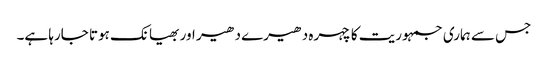
جس سے ہماری جمہوریت کا چہرہ دھیرے دھیر اور بھیانک ہوتا جارہا ہے۔